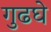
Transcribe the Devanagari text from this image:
गुढघे